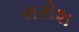
સરોશ